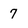
Character: 7